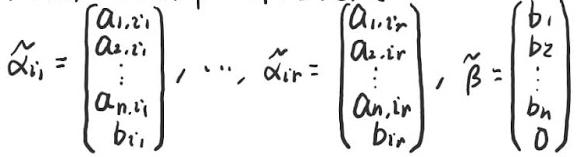
\[
\tilde{\alpha}_{i_1} =
\begin{pmatrix}
a_{1,i_1} \\
a_{2,i_1} \\
\vdots \\
a_{n,i_1} \\
b_{i_1}
\end{pmatrix}, \cdots,
\tilde{\alpha}_{i_r} =
\begin{pmatrix}
a_{1,i_r} \\
a_{2,i_r} \\
\vdots \\
a_{n,i_r} \\
b_{i_r}
\end{pmatrix},
\tilde{\beta} =
\begin{pmatrix}
b_1 \\
b_2 \\
\vdots \\
b_n \\
0
\end{pmatrix}
\]